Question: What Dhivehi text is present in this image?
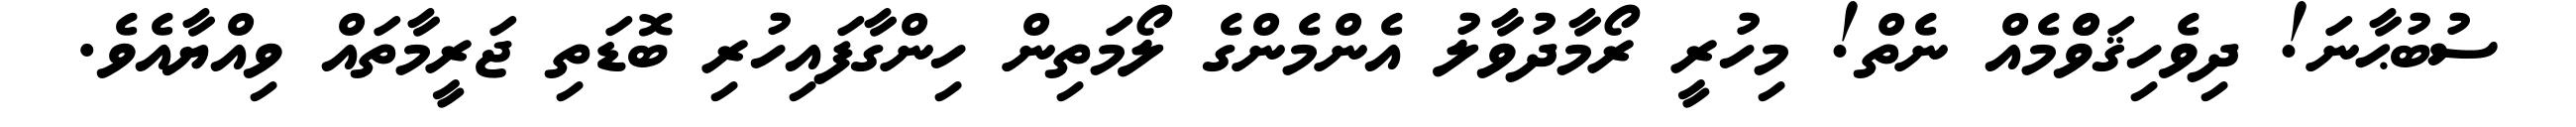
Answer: ސުބުޙާނަ! ދިވެހިޤަވްެމެއް ނެތް! މިހުރީ ރޯމާދުވާލު އެންމެންގެ ލޯމަތިން ހިންގާފައިހުރި ބޮޑަތި ޖަރީމާތައް ވިއްޔާއެވެ.